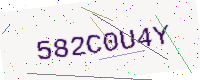
Text: 582C0U4Y